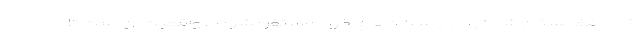
خاك افغانستان شده و در پاسگاه‌هاي خود مستقر بشوند. واقعيت آن است تا